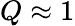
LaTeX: Q\approx 1